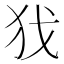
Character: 𢦖